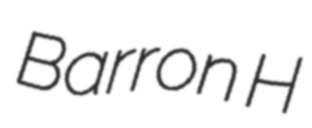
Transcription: Barron H